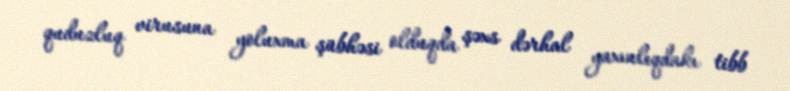
quduzluq virusuna yoluxma şübhəsi olduqda şəxs dərhal yaxınlıqdakı tibb